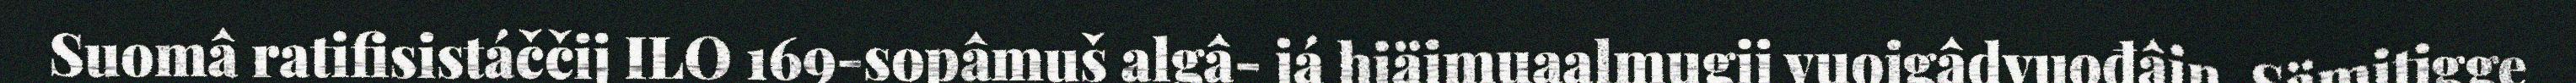
Suomâ ratifisistáččij ILO 169-sopâmuš algâ- já hiäimuaalmugij vuoigâdvuođâin. Sämitigge